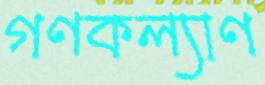
গণকল্যাণ